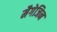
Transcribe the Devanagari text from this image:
मैगेजिन